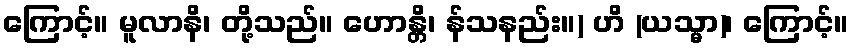
ကြောင့်။ မူလာနိ၊ တို့သည်။ ဟောန္တိ၊ န်သနည်း။) ဟိ (ယသ္မာ)၊ ကြောင့်။